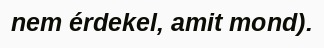
nem érdekel, amit mond).